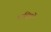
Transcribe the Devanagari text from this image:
पाक्षिकों